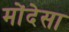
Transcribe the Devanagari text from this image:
मोंदेसा